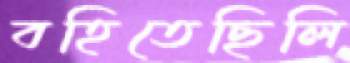
বহিতেছিলি